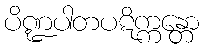
ပိဏ္ဍပါတပဋိက္ကန္တော